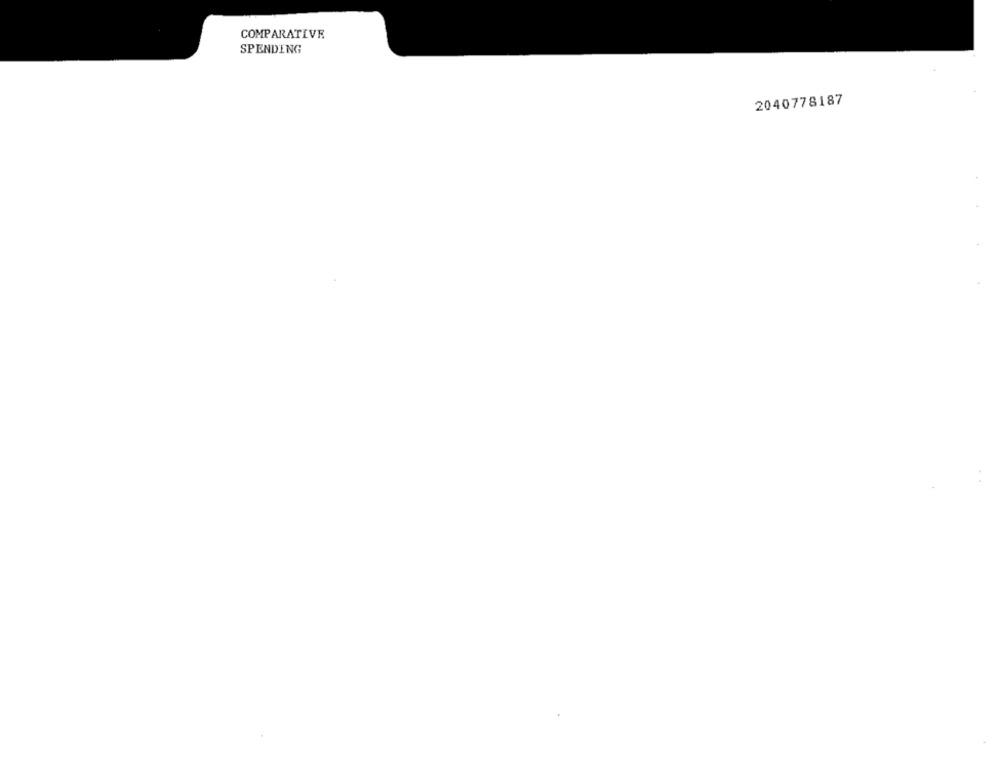
COMPARATIVE
SPENDING
2040778187